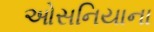
ઓસનિયાના